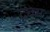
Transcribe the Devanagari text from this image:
दृव्य